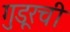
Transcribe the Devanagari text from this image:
गुडूरची